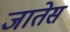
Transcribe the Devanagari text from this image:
जातेस